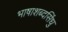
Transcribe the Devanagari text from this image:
भाषाशब्दसिंधु